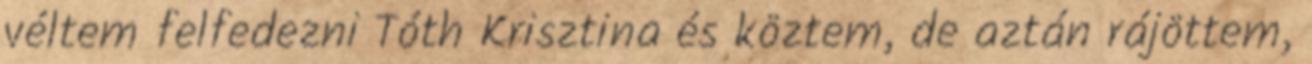
véltem felfedezni Tóth Krisztina és köztem, de aztán rájöttem,